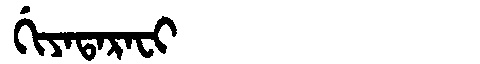
Manchu: ᡤᡳᠶᠠᡨᠠᡵᠠᠸᡳ
Romanization: GIYATARAFI